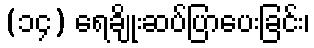
(၁၄) ရေချိုးဆပ်ပြာပေးခြင်း၊